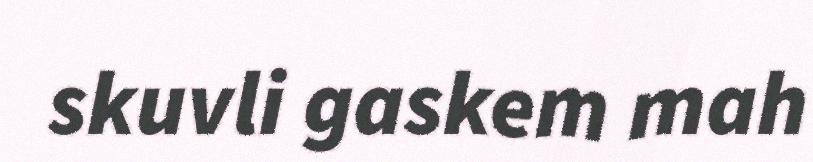
skuvli gaskem mah